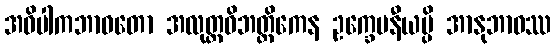
အဝိပါကဘာဝတော အလုတ္တဝိဘတ္တိကေန ဥက္ခေပနီယမ္ပိ အာနုဘာဝဿ